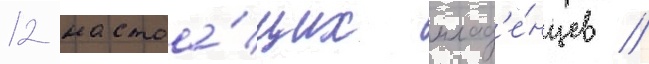
12 настоа́щих млад'е́нцев /